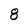
Character: 8